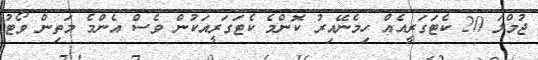
ޖުމްލަ 20 ކެޓަގަރީއެއް ހިމެނޭއިރު ކޮންމެ ކެޓަގަރީއަކުން ވެސް އެންމެ މަތިން ވޯޓު